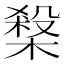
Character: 𱤃